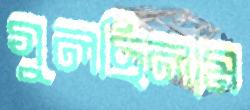
গুলছিলাম